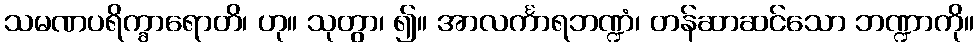
သမဏပရိက္ခာရောတိ၊ ဟု။ သုတွာ၊ ၍။ အာလင်္ကာရဘဏ္ဍံ၊ တန်ဆာဆင်သော ဘဏ္ဍာကို။